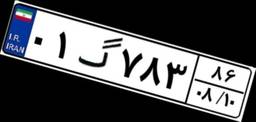
۲۹گ۷۹۰۹۷